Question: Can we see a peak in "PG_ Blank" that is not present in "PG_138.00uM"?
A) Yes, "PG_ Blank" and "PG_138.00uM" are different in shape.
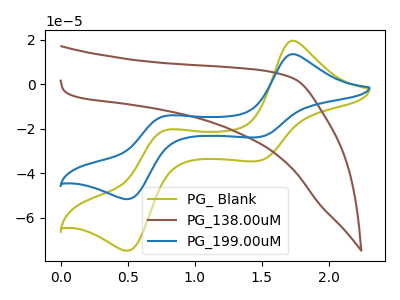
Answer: <think>The olive curve "PG_ Blank" has anodic peaks at (1.75V, 19.50uA) (0.80V, -20.75uA) and cathodic peaks at (1.45V, -34.55uA) (0.50V, -74.85uA). The brown curve "PG_138.00uM" has no peaks. The blue curve "PG_199.00uM" has anodic peaks at (1.75V, 13.45uA) (0.80V, -14.30uA) and cathodic peaks at (1.45V, -23.85uA) (0.50V, -51.70uA).
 "PG_ Blank" and "PG_138.00uM" have a different number of peaks.</think>
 <answer>A) Yes, "PG_ Blank" and "PG_138.00uM" are different in shape.</answer>
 <eval>A</eval>